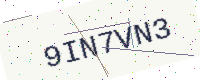
Text: 9IN7VN3